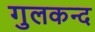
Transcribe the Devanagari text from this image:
गुलकन्द